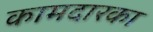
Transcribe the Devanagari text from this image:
कामदारका